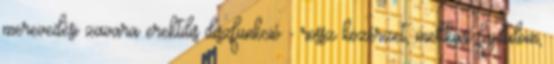
merevedési zavara erektilis diszfunkció - rossz közérzet, mellkasi fájdalom,